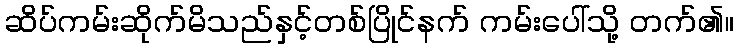
ဆိပ်ကမ်းဆိုက်မိသည်နှင့်တစ်ပြိုင်နက် ကမ်းပေါ်သို့ တက်၏။